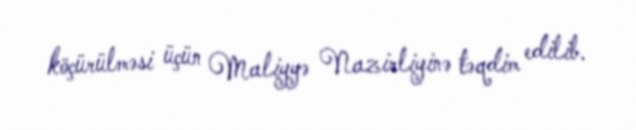
köçürülməsi üçün Maliyyə Nazirliyinə təqdim edilib.